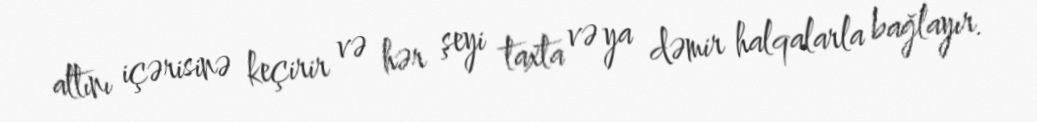
altını içərisinə keçirir və hər şeyi taxta və ya dəmir halqalarla bağlayır.